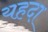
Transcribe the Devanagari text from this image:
यहदा